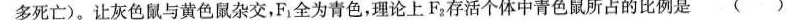
多死亡)。让灰色鼠与黄色鼠杂交，F_{1}全为青色，理论上F_{2}存活个体中青色鼠所占的比例是( )